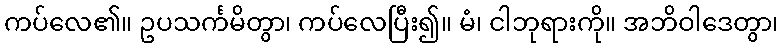
ကပ်လေ၏။ ဥပသင်္ကမိတွာ၊ ကပ်လေပြီး၍။ မံ၊ ငါဘုရားကို။ အဘိဝါဒေတွာ၊